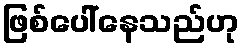
ဖြစ်ပေါ်နေသည်ဟု